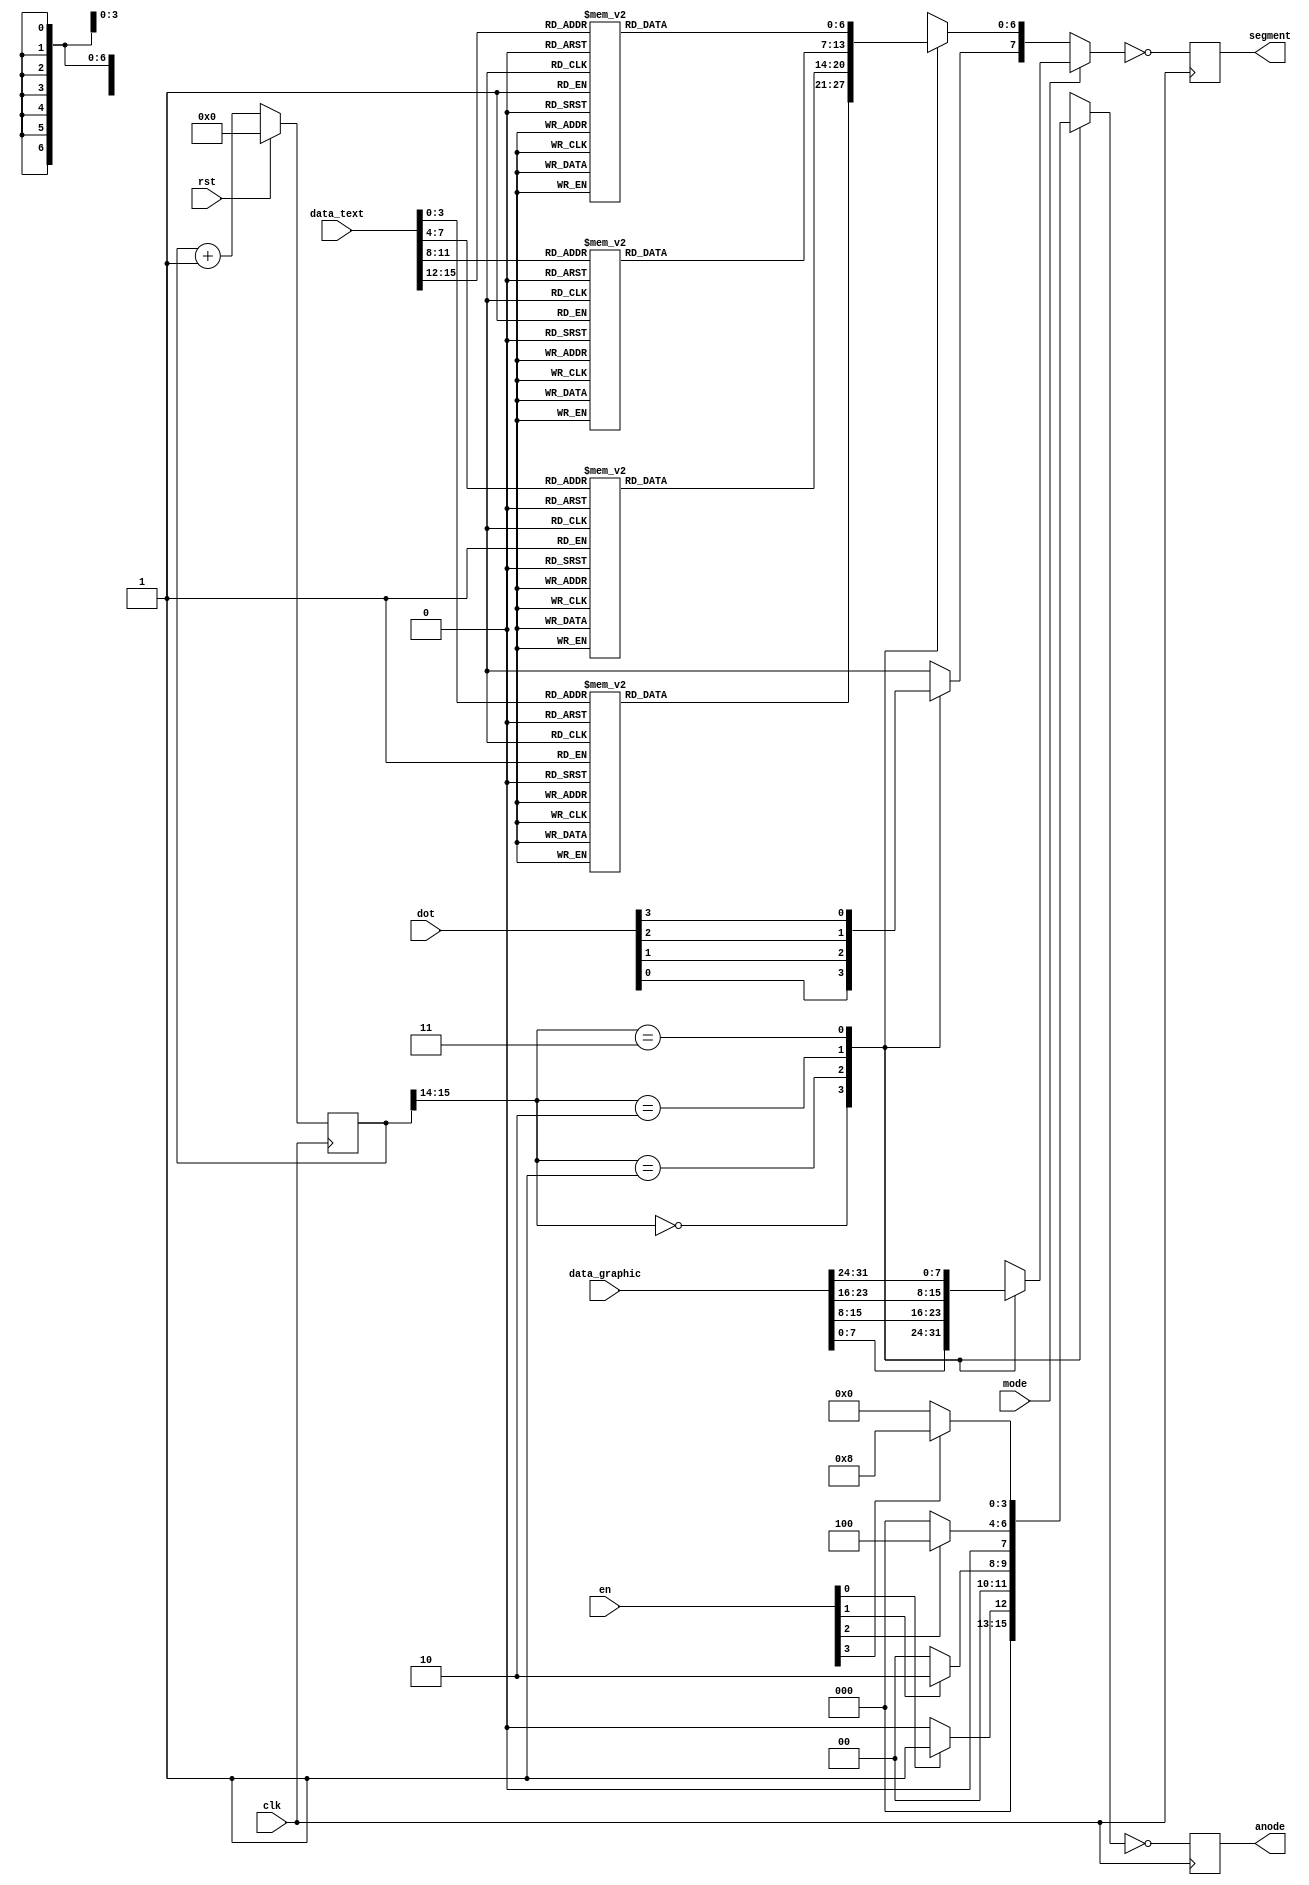
module seg_disp_nexys3 (
	input wire clk,  // main clock
	input wire rst,  // synchronous reset
	input wire [3:0] en,  // enable for each tube
	input wire mode,  // 0 for text mode, 1 for graphic mode
	input wire [15:0] data_text,  // text data to display
	input wire [31:0] data_graphic,  // graphic data to display
	input wire [3:0] dot,  // enable for each dot
	// 7-segment tube interfaces
	output reg [7:0] segment,
	output reg [3:0] anode
	);
	
	localparam
		AN_PULSE = 1'b0,
		SEG_PULSE = 1'b0;
	localparam
		CLK_COUNT_WIDTH = 16;
	
	function [6:0] digit2seg;
		input [3:0] number;
		begin
			case (number)
				4'h0: digit2seg = 7'b0111111;
				4'h1: digit2seg = 7'b0000110;
				4'h2: digit2seg = 7'b1011011;
				4'h3: digit2seg = 7'b1001111;
				4'h4: digit2seg = 7'b1100110;
				4'h5: digit2seg = 7'b1101101;
				4'h6: digit2seg = 7'b1111101;
				4'h7: digit2seg = 7'b0000111;
				4'h8: digit2seg = 7'b1111111;
				4'h9: digit2seg = 7'b1101111;
				4'hA: digit2seg = 7'b1110111;
				4'hB: digit2seg = 7'b1111100;
				4'hC: digit2seg = 7'b0111001;
				4'hD: digit2seg = 7'b1011110;
				4'hE: digit2seg = 7'b1111001;
				4'hF: digit2seg = 7'b1110001;
			endcase
		end
	endfunction
	
	reg [CLK_COUNT_WIDTH-1:0] clk_count;
	
	always @(posedge clk) begin
		if (rst)
			clk_count <= 0;
		else
			clk_count <= clk_count + 1'h1;
	end
	
	wire [7:0] segment_disp;
	reg [7:0] segment_text, segment_graphic;
	reg [3:0] anode_disp;
	
	always @(*) begin
		segment_text = 0;
		segment_graphic = 0;
		anode_disp = 0;
		case (clk_count[CLK_COUNT_WIDTH-1:CLK_COUNT_WIDTH-2])
			2'h0: begin
				anode_disp = en[0] ? 4'b0001 : 4'b0000;
				segment_text[7] = dot[0];
				segment_text[6:0] = digit2seg(data_text[3:0]);
				segment_graphic = data_graphic[7:0];
			end
			2'h1: begin
				anode_disp = en[1] ? 4'b0010 : 4'b0000;
				segment_text[7] = dot[1];
				segment_text[6:0] = digit2seg(data_text[7:4]);
				segment_graphic = data_graphic[15:8];
			end
			2'h2: begin
				anode_disp = en[2] ? 4'b0100 : 4'b0000;
				segment_text[7] = dot[2];
				segment_text[6:0] = digit2seg(data_text[11:8]);
				segment_graphic = data_graphic[23:16];
			end
			2'h3: begin
				anode_disp = en[3] ? 4'b1000 : 4'b0000;
				segment_text[7] = dot[3];
				segment_text[6:0] = digit2seg(data_text[15:12]);
				segment_graphic = data_graphic[31:24];
			end
		endcase
	end
	
	assign
		segment_disp = mode ? segment_graphic : segment_text;
	
	always @(posedge clk) begin
		segment = SEG_PULSE ? segment_disp : ~segment_disp;
		anode = AN_PULSE ? anode_disp : ~anode_disp;
	end
	
endmodule